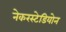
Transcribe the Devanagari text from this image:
नेकरस्टेडियोन